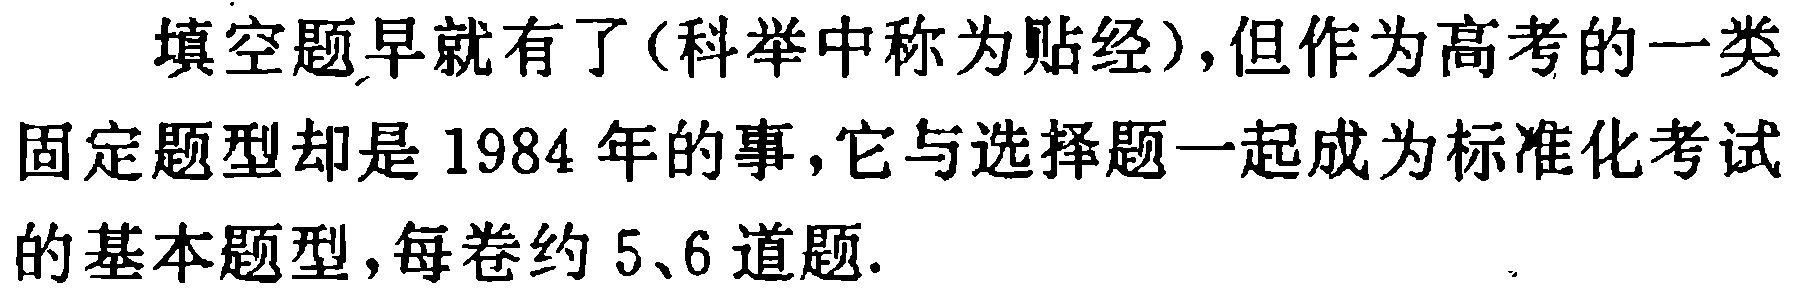
填空题早就有了(科举中称为贴经),但作为高考的一类固定题型却是 1984 年的事，它与选择题一起成为标准化考试的基本题型，每卷约 5、6 道题.